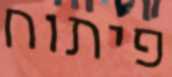
פיתוח